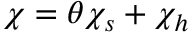
\chi = \theta \chi _ { s } + \chi _ { h }